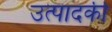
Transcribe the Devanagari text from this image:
उत्पादकी